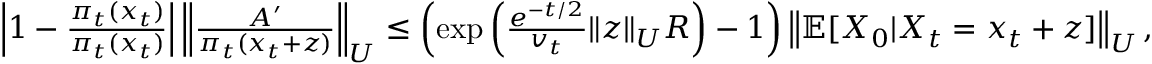
\begin{array} { r } { \left| 1 - \frac { \pi _ { t } ( x _ { t } ) } { \pi _ { t } ( x _ { t } ) } \right| \left\| \frac { A ^ { \prime } } { \pi _ { t } ( x _ { t } + z ) } \right\| _ { U } \le \left( \exp \left( \frac { e ^ { - t / 2 } } { v _ { t } } \| z \| _ { U } R \right) - 1 \right) \left\| \mathbb { E } [ X _ { 0 } | X _ { t } = x _ { t } + z ] \right\| _ { U } , } \end{array}